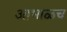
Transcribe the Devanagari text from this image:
आभाळच